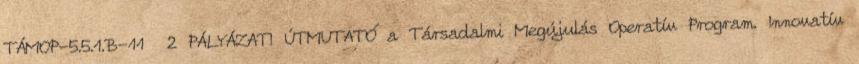
TÁMOP-5.5.1.B-11 2 PÁLYÁZATI ÚTMUTATÓ a Társadalmi Megújulás Operatív Program. Innovatív